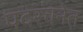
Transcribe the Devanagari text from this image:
पदरचनेत